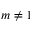
m \neq 1